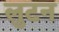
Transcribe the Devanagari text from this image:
लुटन